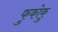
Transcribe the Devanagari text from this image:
फुकोकु